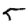
Digit: 5